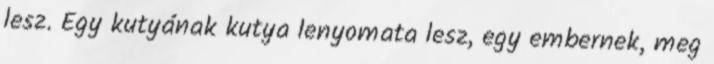
lesz. Egy kutyának kutya lenyomata lesz, egy embernek, meg